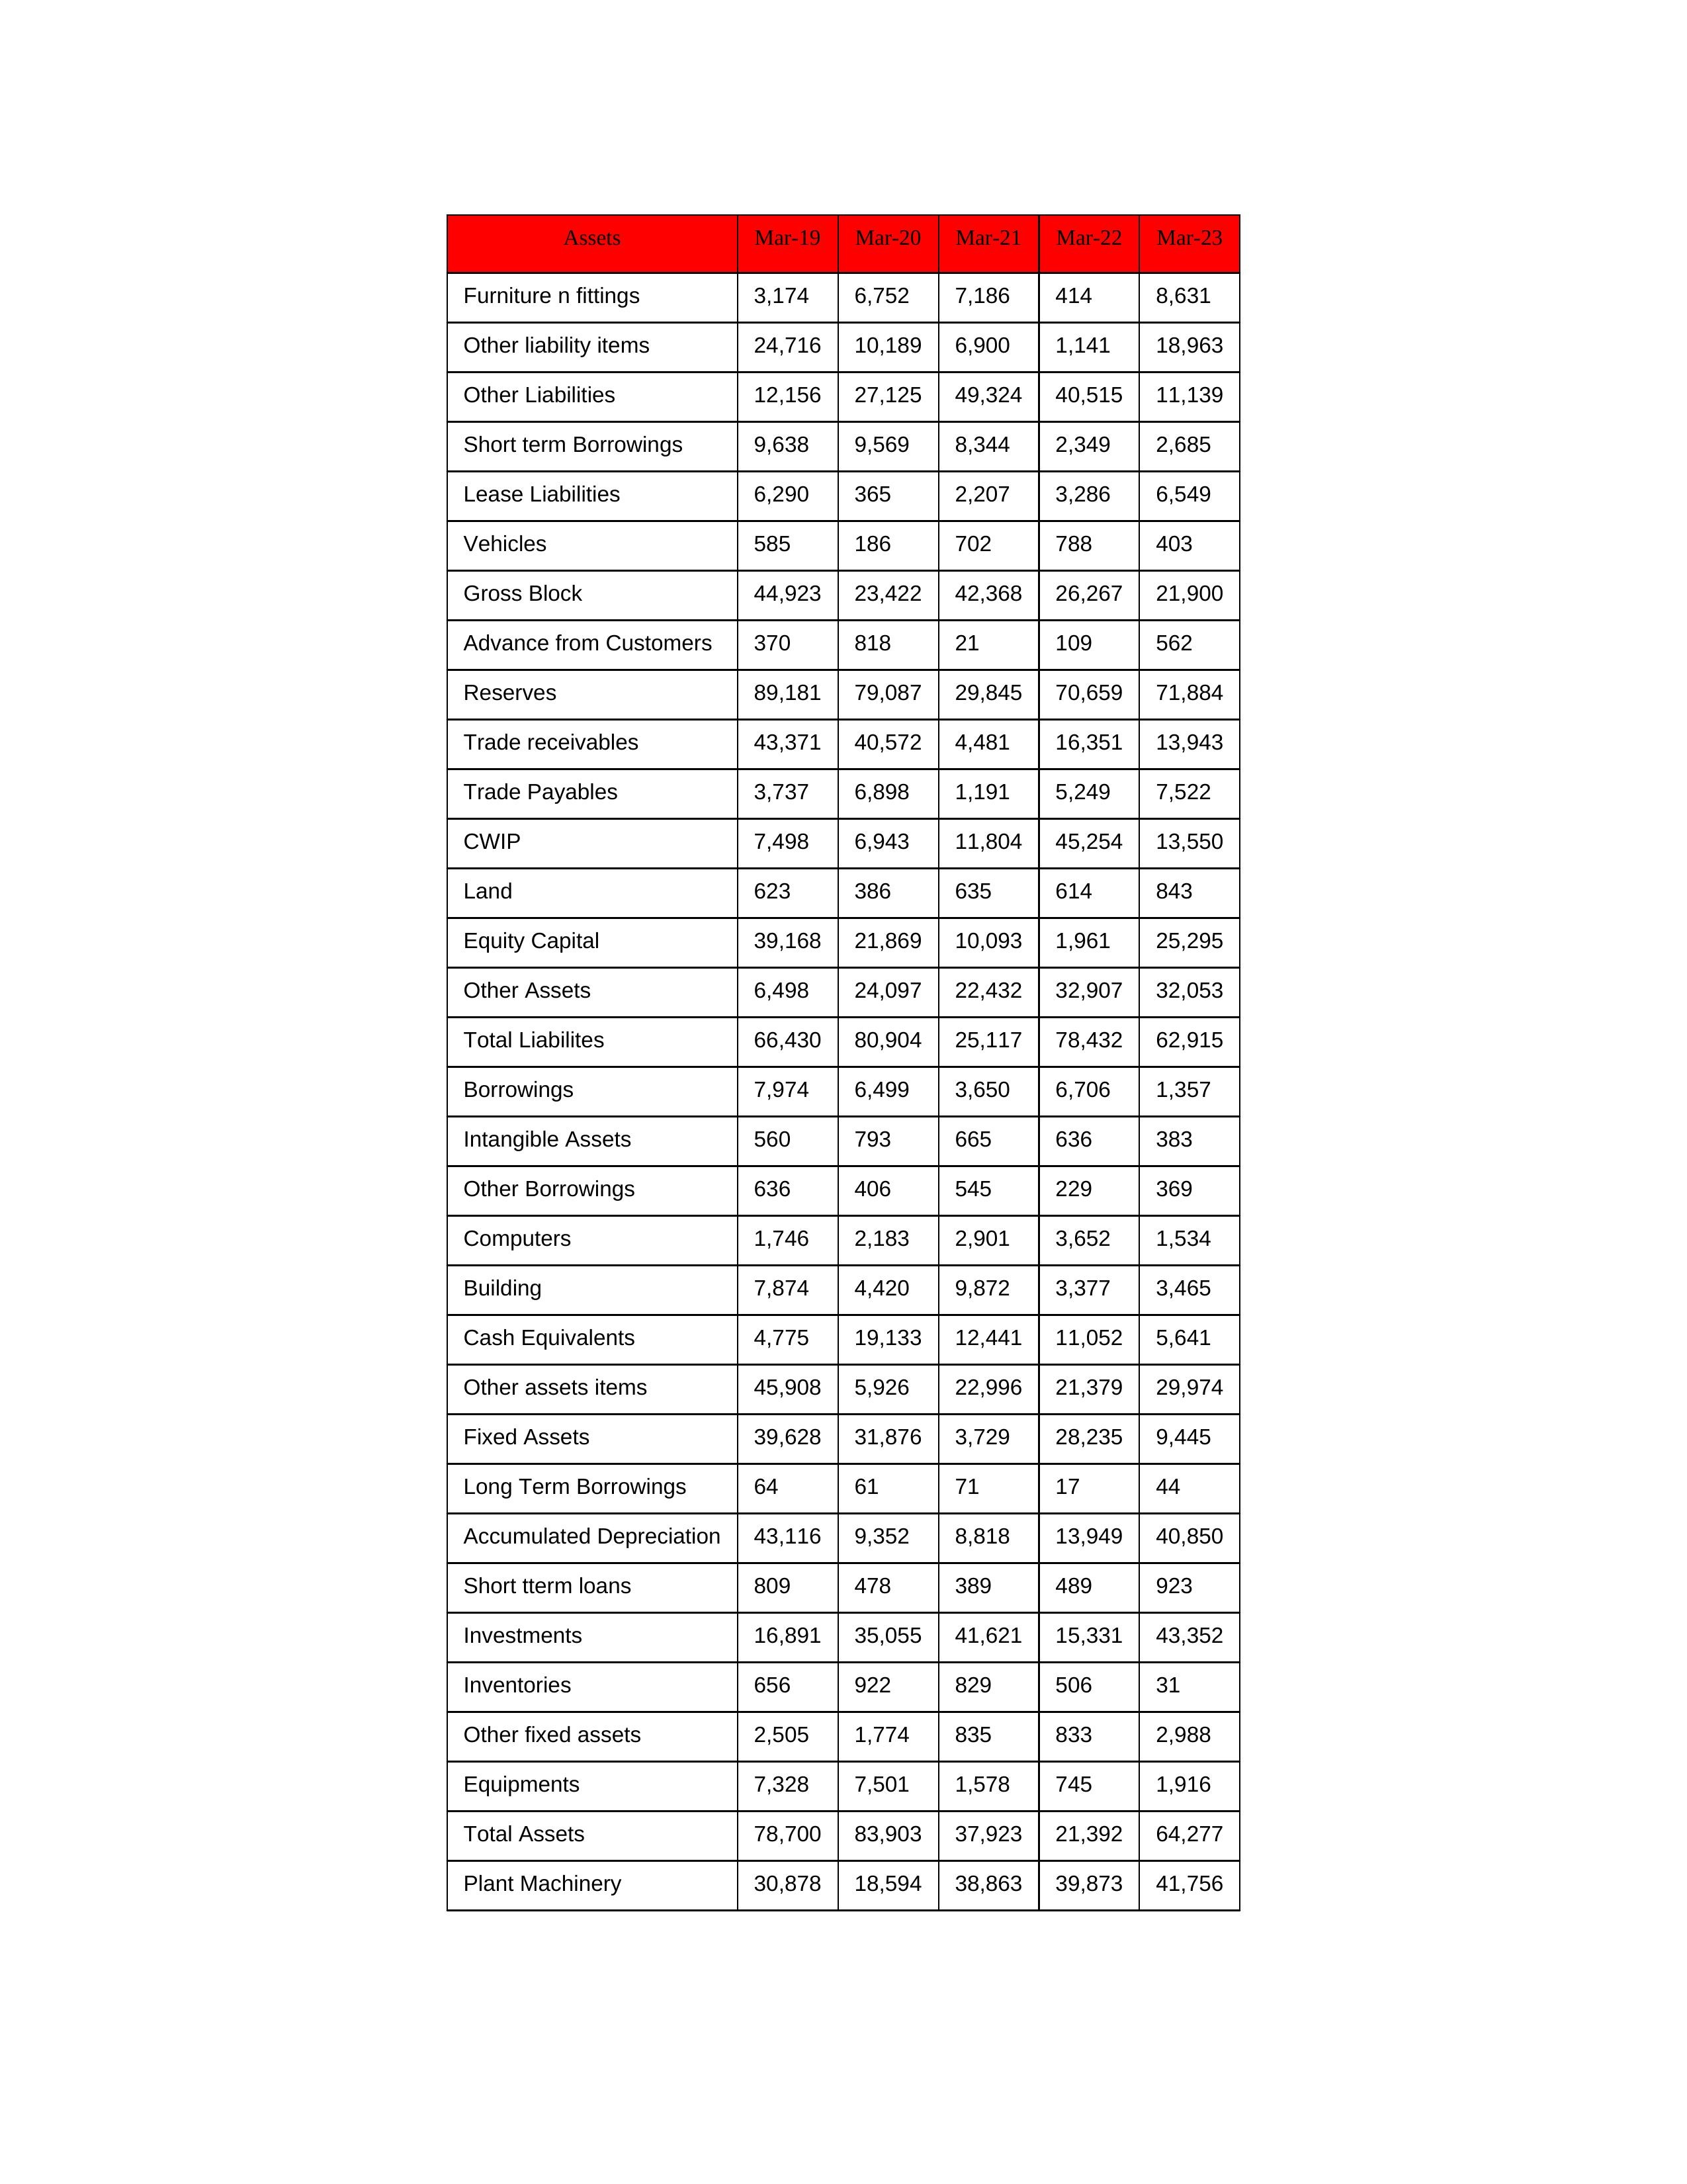
gt_parse: Mar-19: Equity Capital: 39,168
Reserves: 89,181
Borrowings: 7,974
Long Term Borrowings: 64
Short term Borrowings: 9,638
Lease Liabilities: 6,290
Other Borrowings: 636
Other Liabilities: 12,156
Trade Payables: 3,737
Advance from Customers: 370
Other liability items: 24,716
Total Liabilites: 66,430
Fixed Assets: 39,628
Land: 623
Building: 7,874
Plant Machinery: 30,878
Equipments: 7,328
Computers: 1,746
Furniture n fittings: 3,174
Vehicles: 585
Intangible Assets: 560
Other fixed assets: 2,505
Gross Block: 44,923
Accumulated Depreciation: 43,116
CWIP: 7,498
Investments: 16,891
Other Assets: 6,498
Inventories: 656
Trade receivables: 43,371
Cash Equivalents: 4,775
Short tterm loans: 809
Other assets items: 45,908
Total Assets: 78,700
Mar-20: Equity Capital: 21,869
Reserves: 79,087
Borrowings: 6,499
Long Term Borrowings: 61
Short term Borrowings: 9,569
Lease Liabilities: 365
Other Borrowings: 406
Other Liabilities: 27,125
Trade Payables: 6,898
Advance from Customers: 818
Other liability items: 10,189
Total Liabilites: 80,904
Fixed Assets: 31,876
Land: 386
Building: 4,420
Plant Machinery: 18,594
Equipments: 7,501
Computers: 2,183
Furniture n fittings: 6,752
Vehicles: 186
Intangible Assets: 793
Other fixed assets: 1,774
Gross Block: 23,422
Accumulated Depreciation: 9,352
CWIP: 6,943
Investments: 35,055
Other Assets: 24,097
Inventories: 922
Trade receivables: 40,572
Cash Equivalents: 19,133
Short tterm loans: 478
Other assets items: 5,926
Total Assets: 83,903
Mar-21: Equity Capital: 10,093
Reserves: 29,845
Borrowings: 3,650
Long Term Borrowings: 71
Short term Borrowings: 8,344
Lease Liabilities: 2,207
Other Borrowings: 545
Other Liabilities: 49,324
Trade Payables: 1,191
Advance from Customers: 21
Other liability items: 6,900
Total Liabilites: 25,117
Fixed Assets: 3,729
Land: 635
Building: 9,872
Plant Machinery: 38,863
Equipments: 1,578
Computers: 2,901
Furniture n fittings: 7,186
Vehicles: 702
Intangible Assets: 665
Other fixed assets: 835
Gross Block: 42,368
Accumulated Depreciation: 8,818
CWIP: 11,804
Investments: 41,621
Other Assets: 22,432
Inventories: 829
Trade receivables: 4,481
Cash Equivalents: 12,441
Short tterm loans: 389
Other assets items: 22,996
Total Assets: 37,923
Mar-22: Equity Capital: 1,961
Reserves: 70,659
Borrowings: 6,706
Long Term Borrowings: 17
Short term Borrowings: 2,349
Lease Liabilities: 3,286
Other Borrowings: 229
Other Liabilities: 40,515
Trade Payables: 5,249
Advance from Customers: 109
Other liability items: 1,141
Total Liabilites: 78,432
Fixed Assets: 28,235
Land: 614
Building: 3,377
Plant Machinery: 39,873
Equipments: 745
Computers: 3,652
Furniture n fittings: 414
Vehicles: 788
Intangible Assets: 636
Other fixed assets: 833
Gross Block: 26,267
Accumulated Depreciation: 13,949
CWIP: 45,254
Investments: 15,331
Other Assets: 32,907
Inventories: 506
Trade receivables: 16,351
Cash Equivalents: 11,052
Short tterm loans: 489
Other assets items: 21,379
Total Assets: 21,392
Mar-23: Equity Capital: 25,295
Reserves: 71,884
Borrowings: 1,357
Long Term Borrowings: 44
Short term Borrowings: 2,685
Lease Liabilities: 6,549
Other Borrowings: 369
Other Liabilities: 11,139
Trade Payables: 7,522
Advance from Customers: 562
Other liability items: 18,963
Total Liabilites: 62,915
Fixed Assets: 9,445
Land: 843
Building: 3,465
Plant Machinery: 41,756
Equipments: 1,916
Computers: 1,534
Furniture n fittings: 8,631
Vehicles: 403
Intangible Assets: 383
Other fixed assets: 2,988
Gross Block: 21,900
Accumulated Depreciation: 40,850
CWIP: 13,550
Investments: 43,352
Other Assets: 32,053
Inventories: 31
Trade receivables: 13,943
Cash Equivalents: 5,641
Short tterm loans: 923
Other assets items: 29,974
Total Assets: 64,277